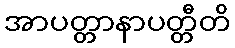
အာပတ္တာနာပတ္တီတိ